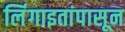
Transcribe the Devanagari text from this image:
लिंंगाइतांपासून